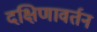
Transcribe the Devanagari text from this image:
दक्षिणावर्तन